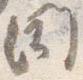
聞